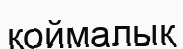
қоймалық